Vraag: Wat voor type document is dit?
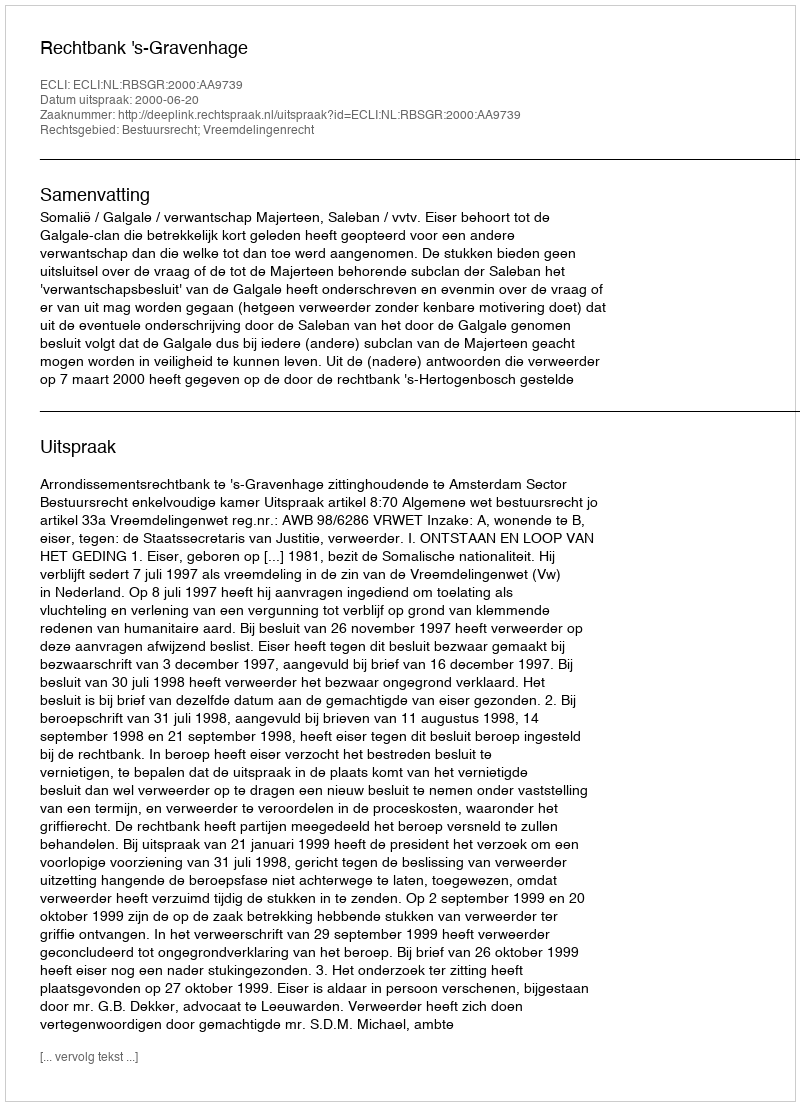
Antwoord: Uitspraak